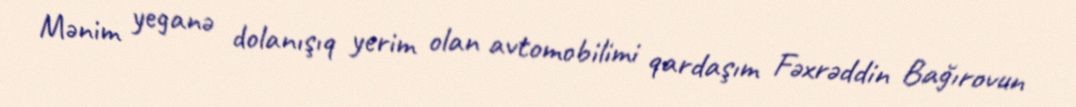
Mənim yeganə dolanışıq yerim olan avtomobilimi qardaşım Fəxrəddin Bağırovun